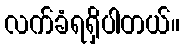
လက်ခံရရှိပါတယ်။